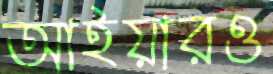
আইয়ারও